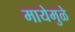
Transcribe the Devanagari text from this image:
मायेमुळे